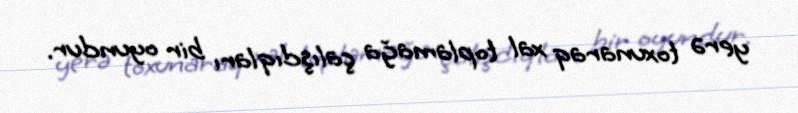
yerə toxunaraq xal toplamağa çalışdıqları bir oyundur.